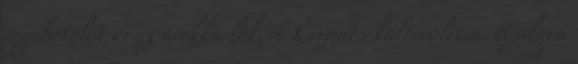
egy hótolót is az árokba lökött Karmacs külterületén. Szalapa